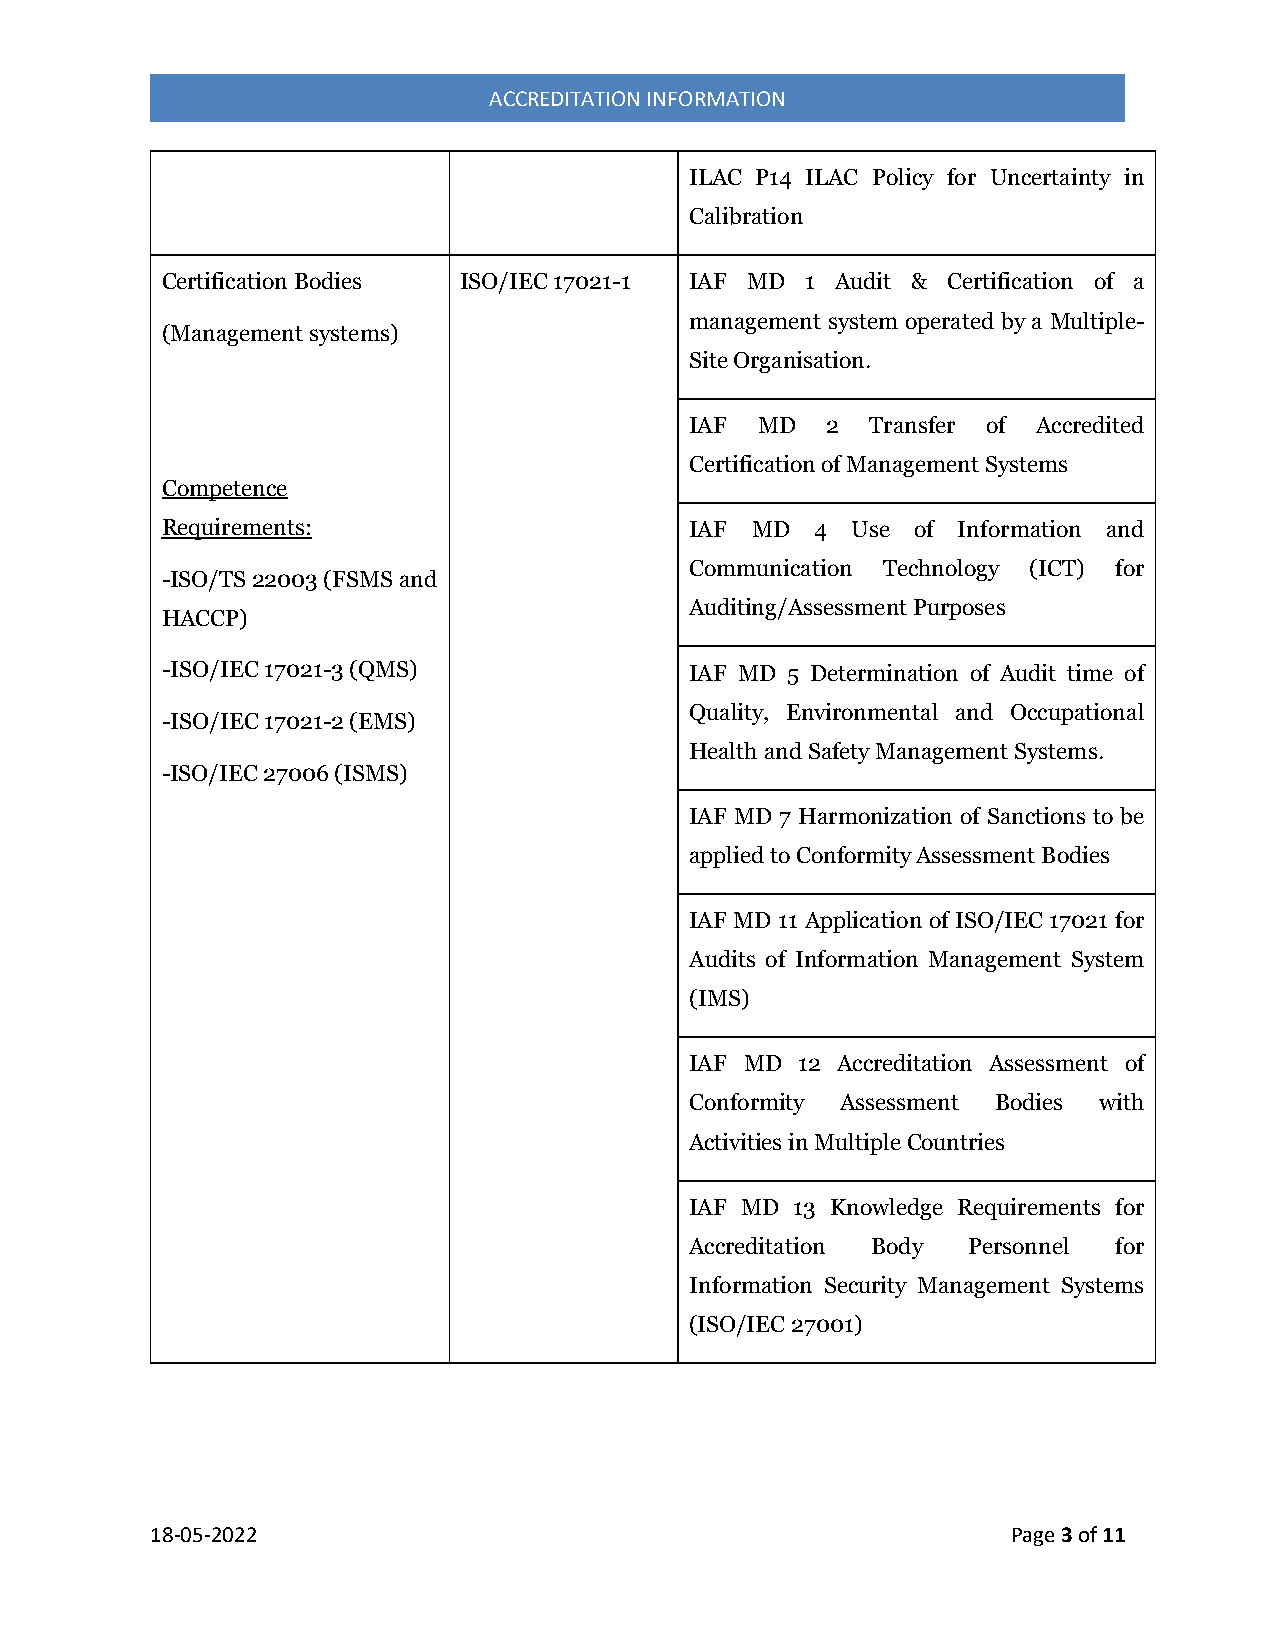
ACCREDITATION INFORMATION
 ILAC P14 ILAC Policy for Uncertainty in
 Calibration
 Certification Bodies ISO/IEC 17021-1 IAF MD 1 Audit & Certification of a
 management system operated by a Multiple-
 (Management systems)
 Site Organisation.
 IAF MD   2  Transfer of Accredited
 Certification of Management Systems
 Competence
 Requirements:                      IAF MD  4 Use  of Information and
 Communication Technology (ICT) for
 -ISO/TS 22003 (FSMS and
 Auditing/Assessment Purposes
 HACCP)
 -ISO/IEC 17021-3 (QMS)             IAF MD 5 Determination of Audit time of
 Quality, Environmental and Occupational
 -ISO/IEC 17021-2 (EMS)
 Health and Safety Management Systems.
 -ISO/IEC 27006 (ISMS)
 IAF MD 7 Harmonization of Sanctions to be
 applied to Conformity Assessment Bodies
 IAF MD 11 Application of ISO/IEC 17021 for
 Audits of Information Management System
 (IMS)
 IAF MD 12 Accreditation Assessment of
 Conformity Assessment Bodies with
 Activities in Multiple Countries
 IAF MD 13 Knowledge Requirements for
 Accreditation Body Personnel for
 Information Security Management Systems
 (ISO/IEC 27001)
 18-05-2022                                               Page 3 of 11